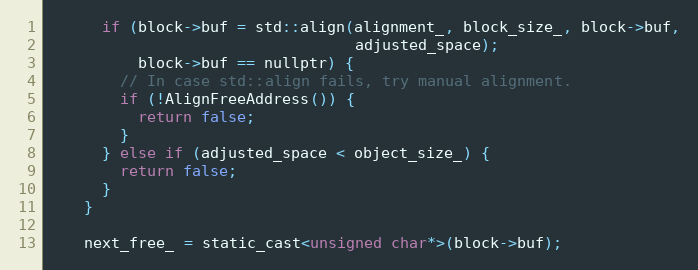
Language: C
      if (block->buf = std::align(alignment_, block_size_, block->buf,
                                  adjusted_space);
          block->buf == nullptr) {
        // In case std::align fails, try manual alignment.
        if (!AlignFreeAddress()) {
          return false;
        }
      } else if (adjusted_space < object_size_) {
        return false;
      }
    }

    next_free_ = static_cast<unsigned char*>(block->buf);